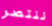
ننتصر